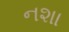
નશા